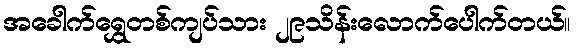
အခေါက်ရွှေတစ်ကျပ်သား ၂၉သိန်းလောက်ပေါက်တယ်။